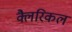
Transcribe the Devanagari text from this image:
क्लैरिकल